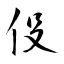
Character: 伇